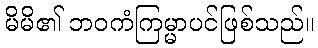
မိမိ၏ ဘဝကံကြမ္မာပင်ဖြစ်သည်။